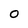
Character: 0